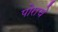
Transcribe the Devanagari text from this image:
पोराचे